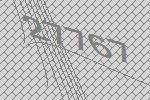
27767